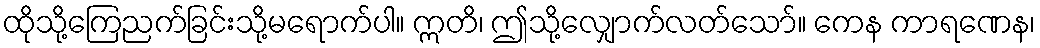
ထိုသို့ကြေညက်ခြင်းသို့မရောက်ပါ။ ဣတိ၊ ဤသို့လျှောက်လတ်သော်။ ကေန ကာရဏေန၊